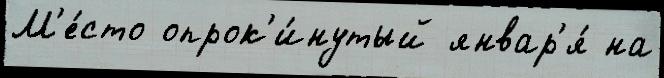
М'е́сто опрок'и́нутый январ'я́ на